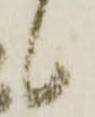
候